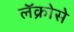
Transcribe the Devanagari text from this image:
लॅक्रोसे